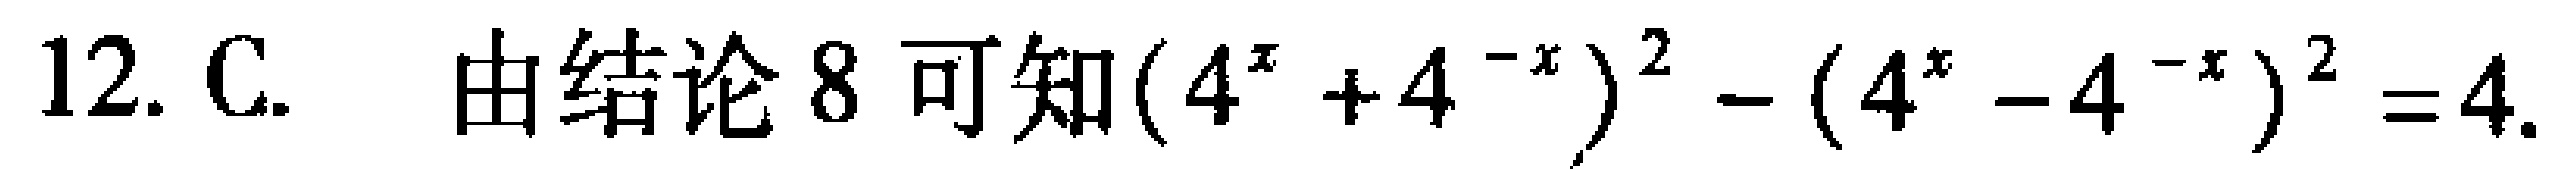
12. C. 由结论8可知\((4^{x}+4^{-x})^{2}-(4^{x}-4^{-x})^{2}=4\).